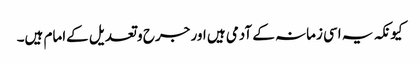
کیونکہ یہ اسی زمانہ کے آدمی ہیں اور جرح و تعدیل کےامام ہیں۔